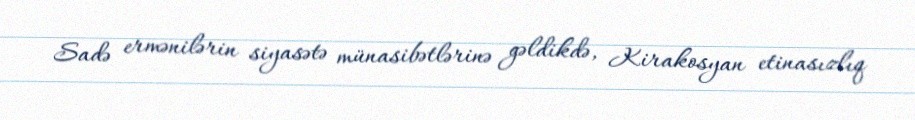
Sadə ermənilərin siyasətə münasibətlərinə gəldikdə, Kirakosyan etinasızlıq